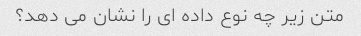
متن زیر چه نوع داده ای را نشان می دهد؟